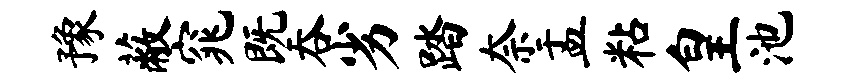
豫蔽窕既吞劣踏奈盂粘皇池